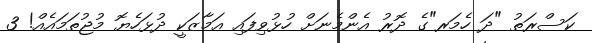
ކަސްރަތު "ދަ ހެމަރ"ގެ ދޮރު އެންމެނަށް ހުޅުވިފައި އަމާޒަކީ ދުޅަހެޔޮ މުޖުތަމައެއް! 3